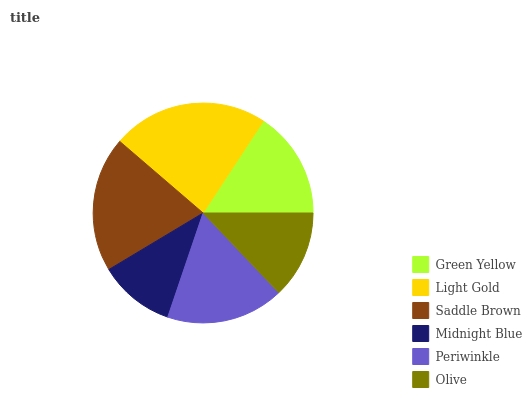
| Green Yellow | Light Gold | Saddle Brown | Midnight Blue | Periwinkle | Olive |
 | --- | --- | --- | --- | --- | --- |
 | 15.8% | 22.9% | 19.9% | 11.2% | 17.3% | 12.9% |